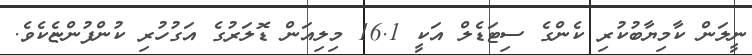
ނީލަން ކާމިޔާބުކުރި ކެންގެ ސިޓަޑެލް އަކީ 16.1 މިލިއަން ޑޮލަރުގެ އަގުހުރި ކުންފުންޏެކެވެ.